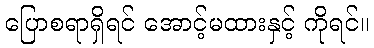
ပြောစရာရှိရင် အောင့်မထားနှင့် ကိုရင်။